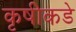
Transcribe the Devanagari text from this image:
कृषीकडे